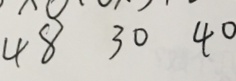
4 8 3 0 4 0